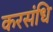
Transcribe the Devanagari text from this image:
करसंधि